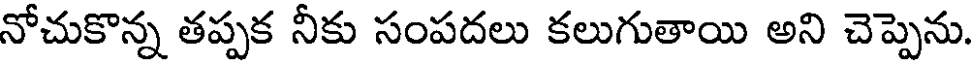
నోచుకొన్న తప్పక నీకు సంపదలు కలుగుతాయి అని చెప్పెను.